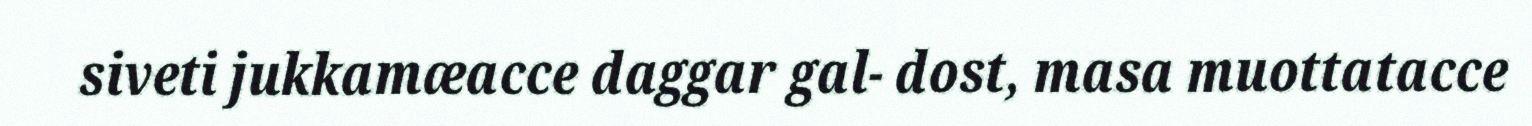
siveti jukkamæacce daggar gal- dost, masa muottatacce